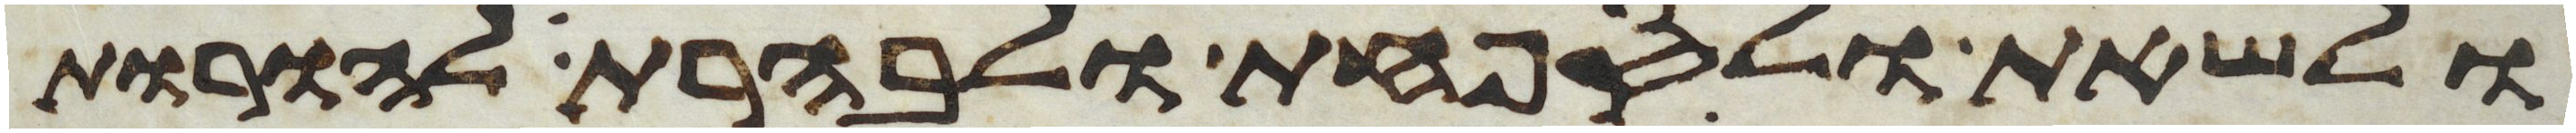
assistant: ולשאת ולספחת ולבהרת להורות